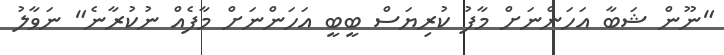
"ނޫން ޝަބާ އަހަންނަށް މާފު ކުރިޔަސް ބީބީ އަހަންނަށް މާފެއް ނުކުރާނެ" ނަވާލު